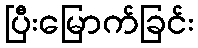
ပြီးမြောက်ခြင်း